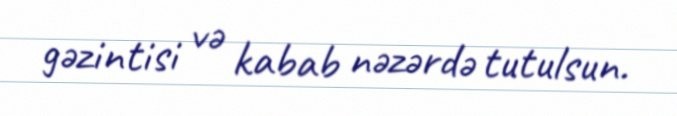
gəzintisi və kabab nəzərdə tutulsun.